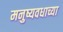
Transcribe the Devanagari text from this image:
मनुष्यवधाच्या